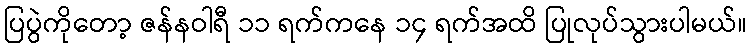
ပြပွဲကိုတော့ ဇန်နဝါရီ ၁၁ ရက်ကနေ ၁၄ ရက်အထိ ပြုလုပ်သွားပါမယ်။